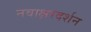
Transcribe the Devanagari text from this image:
नवाक्षरदर्शन